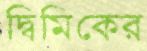
দ্বিমিকের